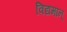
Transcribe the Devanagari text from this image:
विद्यमान्